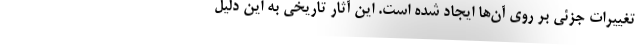
تغییرات جزئی بر روی آن‌ها ایجاد شده است. این آثار تاریخی به این دلیل